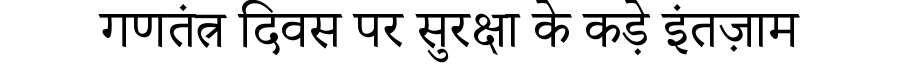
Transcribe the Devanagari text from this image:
गणतंत्र दिवस पर सुरक्षा के कड़े इंतज़ाम